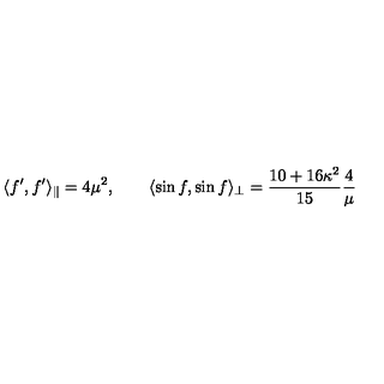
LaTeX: \langle f ^ { \prime } , f ^ { \prime } \rangle _ { \parallel } = 4 \mu ^ { 2 } , \qquad \langle \sin f , \sin f \rangle _ { \perp } = \frac { 1 0 + 1 6 \kappa ^ { 2 } } { 1 5 } \frac { 4 } { \mu }